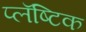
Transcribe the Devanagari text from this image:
प्लॅष्टिक